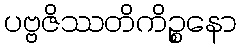
ပဗ္ဗဇိဿတိကိဉ္စနော